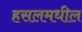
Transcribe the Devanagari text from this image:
हसलमधील